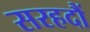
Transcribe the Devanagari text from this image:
सरहदौं